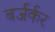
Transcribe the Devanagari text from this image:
बर्जर्कर